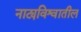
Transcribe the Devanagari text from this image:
नाट्यविश्वातील